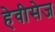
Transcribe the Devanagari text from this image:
हेवीसेज